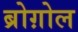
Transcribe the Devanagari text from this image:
ब्रोग़ोल